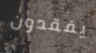
يفقدون